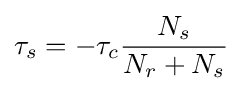
\tau _{s}=-\tau _{c}{\frac {N_{s}}{N_{r}+N_{s}}}